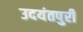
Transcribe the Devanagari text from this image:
उदयंतपुरी